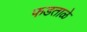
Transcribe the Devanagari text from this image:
फडताळे